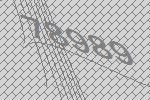
78989